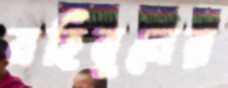
মহিবুলের